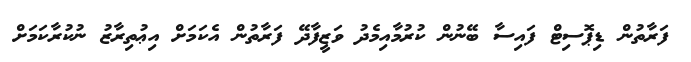
ފަރާތުުން ޑިޕޮސިޓް ފައިސާ ބޭނުން ކުރުމާއިމެދު ވަޒީފާދޭ ފަރާތުން އެކަމަށް އިޢުތިރާޒު ނުކުރާކަމަށް